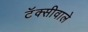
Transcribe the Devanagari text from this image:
टॅक्सीवाले